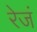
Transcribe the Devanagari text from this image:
रेजं